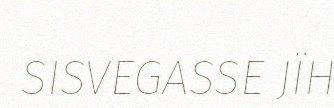
SISVEGASSE JÏH